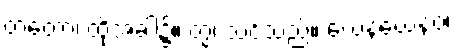
တတော၊ ထိုအခါ၌။ တွံ၊ သင်သည်။ ယေနယေနဝ၊